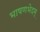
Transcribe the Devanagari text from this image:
भाषणभेदम्